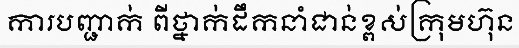
ការបញ្ជាក់ ពីថ្នាក់ដឹកនាំជាន់ខ្ពស់ក្រុមហ៊ុន